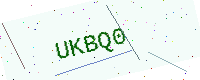
Text: UKBQ0